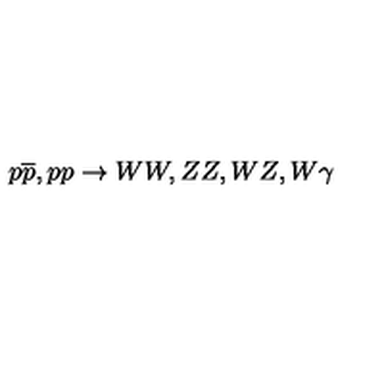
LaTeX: p \overline { { p } } , p p \rightarrow W W , Z Z , W Z , W \gamma